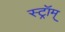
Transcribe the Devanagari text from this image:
स्ट्रॉम्‌